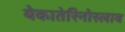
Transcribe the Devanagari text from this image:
येकातेरिनोस्लाव